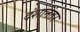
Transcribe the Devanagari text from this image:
दंशानंतर